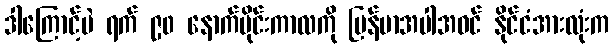
ဒါကြောင့်ပဲ ရက် ၉၀ နောက်ပိုင်းကာလကို မြန်မာအပါအဝင် နိုင်ငံအားလုံးက